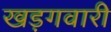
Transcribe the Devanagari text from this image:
खड़गवारी